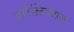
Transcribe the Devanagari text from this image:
हरिक्रिष्णन